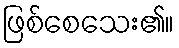
ဖြစ်စေသေး၏။